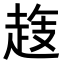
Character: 𧻝